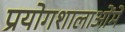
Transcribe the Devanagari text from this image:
प्रयोगशालाओंमें